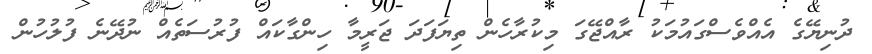
ދުނިޔޭގެ އެއްވެސްގައުމަކު ރާއްޖޭގަ މިކުރާހެން ތިޔަފަދަ ޖަރީމާ ހިންގާކައް ފުރުސަތެއް ނުދޭނެ ފުލުހުން